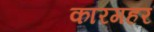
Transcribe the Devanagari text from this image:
कारगहर